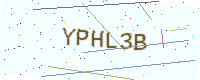
Text: YPHL3B